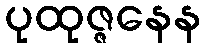
ပုထုဇ္ဇနေန